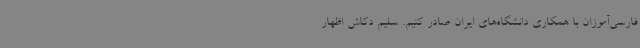
فارسی‌آموزان با همکاری دانشگاه‌های ایران صادر کنیم. سلیم دکاش اظهار